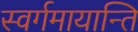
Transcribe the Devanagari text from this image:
स्वर्गमायान्ति